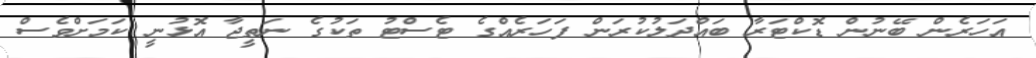
އަހަރެން ބޭނުން ޑޮކްޓަރާ ބައްދަލުކުރަން ފަހަރެއްގެ ޓެސްޓު ތަކުގެ ނަތީޖާ އޮޅުނީ ކަމަށްވެސް